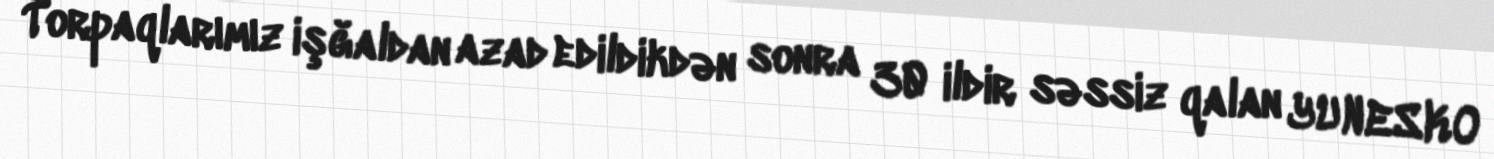
Torpaqlarımız işğaldan azad edildikdən sonra 30 ildir səssiz qalan YUNESKO